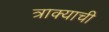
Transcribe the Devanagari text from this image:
त्राक्याची